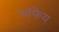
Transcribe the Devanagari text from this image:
सफिय